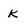
Character: K